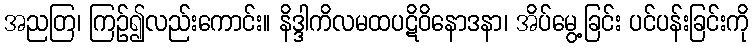
အညတြ၊ ကြဉ်၍လည်းကောင်း။ နိဒ္ဒါကိလမထပဋိဝိနောဒနာ၊ အိပ်မွေ့ခြင်း ပင်ပန်းခြင်းကို